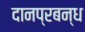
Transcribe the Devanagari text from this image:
दानप्रबन्ध